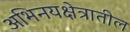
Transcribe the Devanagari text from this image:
अभिनयक्षेत्रातील